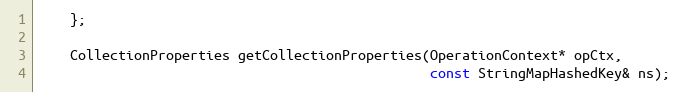
Language: C
    };

    CollectionProperties getCollectionProperties(OperationContext* opCtx,
                                                 const StringMapHashedKey& ns);